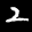
Label: 2